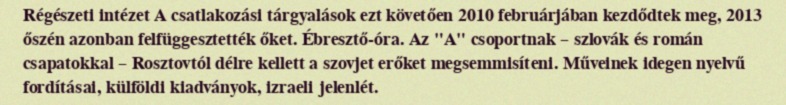
Régészeti intézet A csatlakozási tárgyalások ezt követően 2010 februárjában kezdődtek meg, 2013 őszén azonban felfüggesztették őket. Ébresztő-óra. Az "A" csoportnak – szlovák és román csapatokkal – Rosztovtól délre kellett a szovjet erőket megsemmisíteni. Műveinek idegen nyelvű fordításai, külföldi kiadványok, izraeli jelenlét.